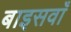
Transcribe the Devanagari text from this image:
बाइसवाँ